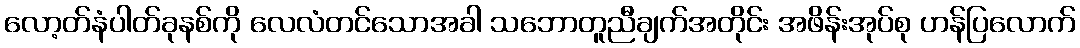
လော့တ်နံပါတ်ခုနစ်ကို လေလံတင်သောအခါ သဘောတူညီချက်အတိုင်း အဖိန်းအုပ်စု ဟန်ပြလောက်